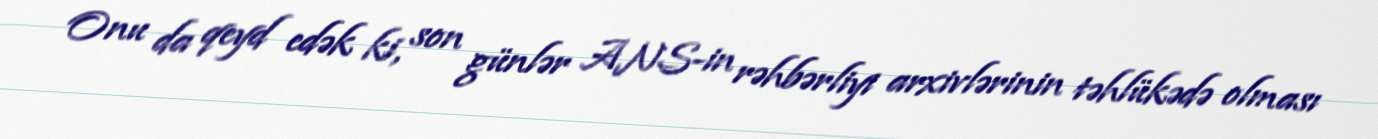
Onu da qeyd edək ki, son günlər ANS-in rəhbərliyi arxivlərinin təhlükədə olması